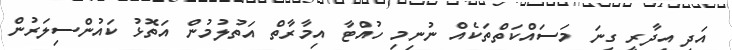
އަދި އިދާރީ ގިނަ މަސައްކަތްތަކެއް ނުނިމި ހުއްޓާ އިމާރާތް އަތުލުމުން އަތޮޅު ކައުންސިލަރުން